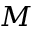
M